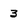
Character: 3